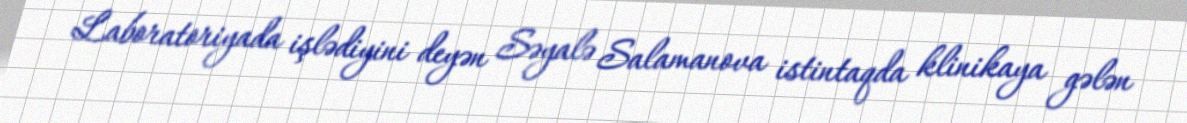
Laboratoriyada işlədiyini deyən Səyalə Salamanova istintaqda klinikaya gələn